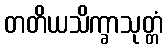
တတိယသိက္ခာသုတ္တံ